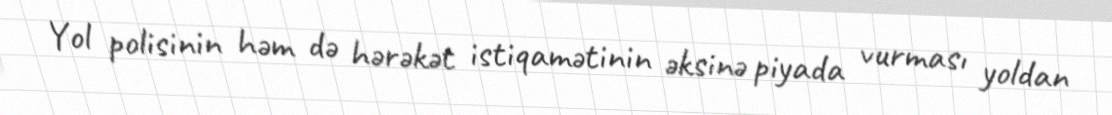
Yol polisinin həm də hərəkət istiqamətinin əksinə piyada vurması yoldan